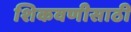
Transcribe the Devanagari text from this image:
शिकवणीसाठी